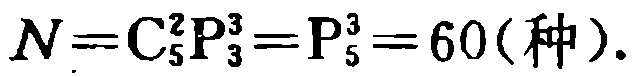
\(N = C_{5}^{2}P_{3}^{3}=P_{5}^{3}=60(\text{种}).\)